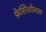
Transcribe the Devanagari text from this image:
फ़ेसिओलस